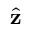
\hat { \bf { z } }